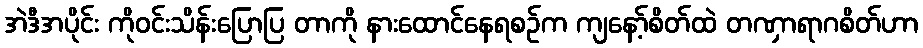
အဲဒီအပိုင်း ကိုဝင်းသိန်းပြောပြ တာကို နားထောင်နေရစဉ်က ကျနော့်စိတ်ထဲ တဏှာရာဂစိတ်ဟာ